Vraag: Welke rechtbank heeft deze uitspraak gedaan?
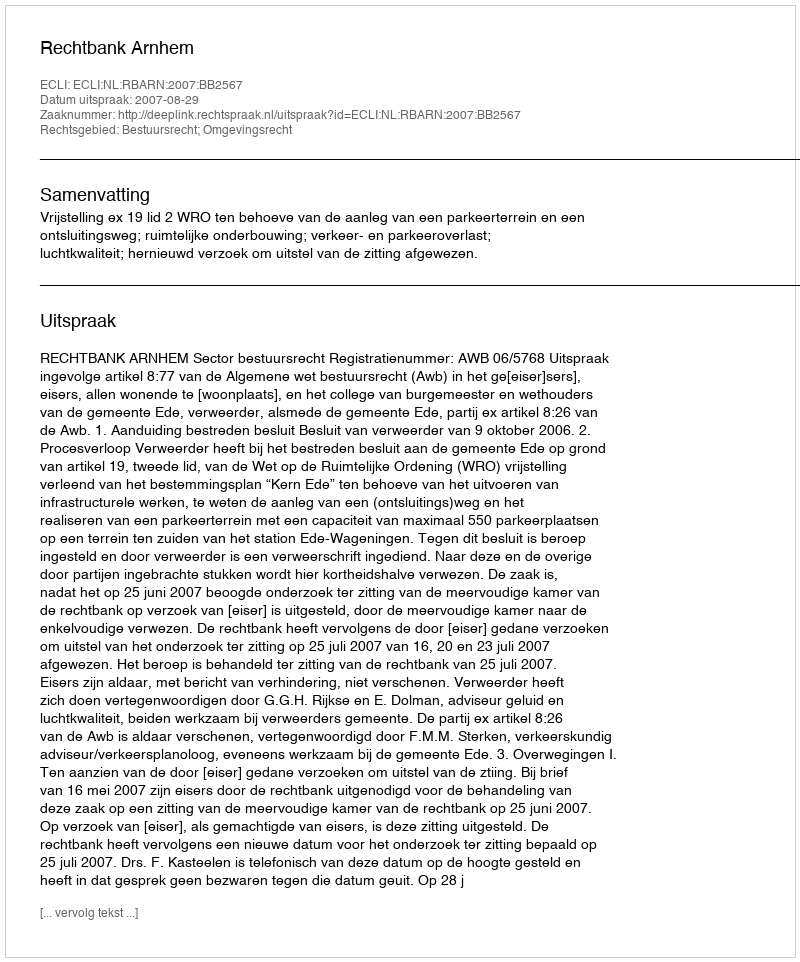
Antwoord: Rechtbank Arnhem